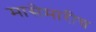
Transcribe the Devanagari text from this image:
मासेमारीच